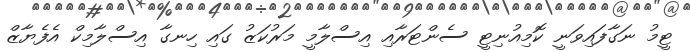
ޓީމު ނަގާފައިވަނީ ކޮމިއުނިޓީ ސެންޓަރާއި އިސްލާމީ މަރުކަޒު ގައި ހިނގާ އިސްލާމިކް އެފެޔާޒް